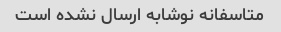
متاسفانه نوشابه ارسال نشده است